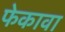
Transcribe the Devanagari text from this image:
फेकावा